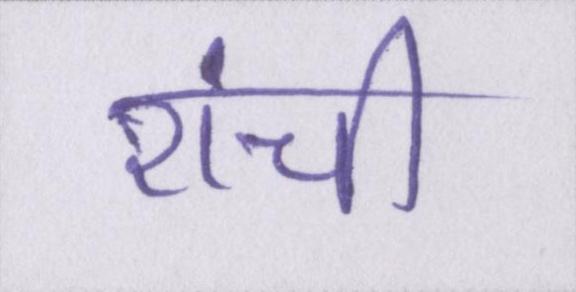
रांची